Newspaper: The Indianapolis journal. [volume]
Place of publication: Indianapolis [Ind.]
Publisher: Douglass & Conner
Date: 1895-01-05 00:00:00
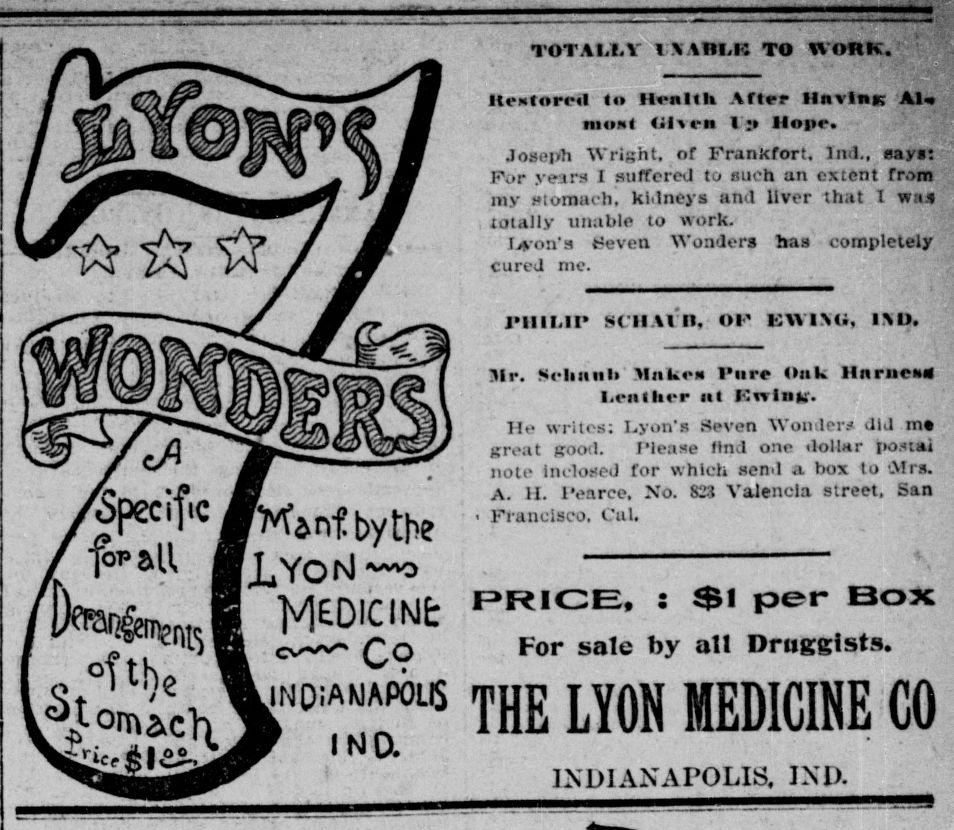
Advertisement text (OCR):
nfbythe MEDICINE: C? INDIANAPOLIS IND. "rait v TOwis'iw: i a r i I a -v TOTALLY I AHI.IS TO WORK. Restored! to Ilenlth ATter llnvlnK Al most JIen I ; Hope. Joseph Wright, of Frankfort, Ind., eayi: For years I suffered to such an extent from my stomach, kidneys and liver that I was totally unable to work. Lvon's Seven Wonders has completely cured me. PHILIP SCll.1 B, OF EWIMi, 1MJ. Mr. cliinl MnUeN Pure Oak llnrucM Lent her nt Etvlnfc-. He writes; Lyon's Seven WonJera did m great good. Please find one dollar iorftai note inclosed for which send a box to -Mrs. A. II. Pearce. No. 823 Valencia street. San Francisco. Cul. PRICE, : Si per Box For sale by all Druggists. THE LYON MEDICINE CO IK D I AN APO LIS, JXD.
Label: illustrations